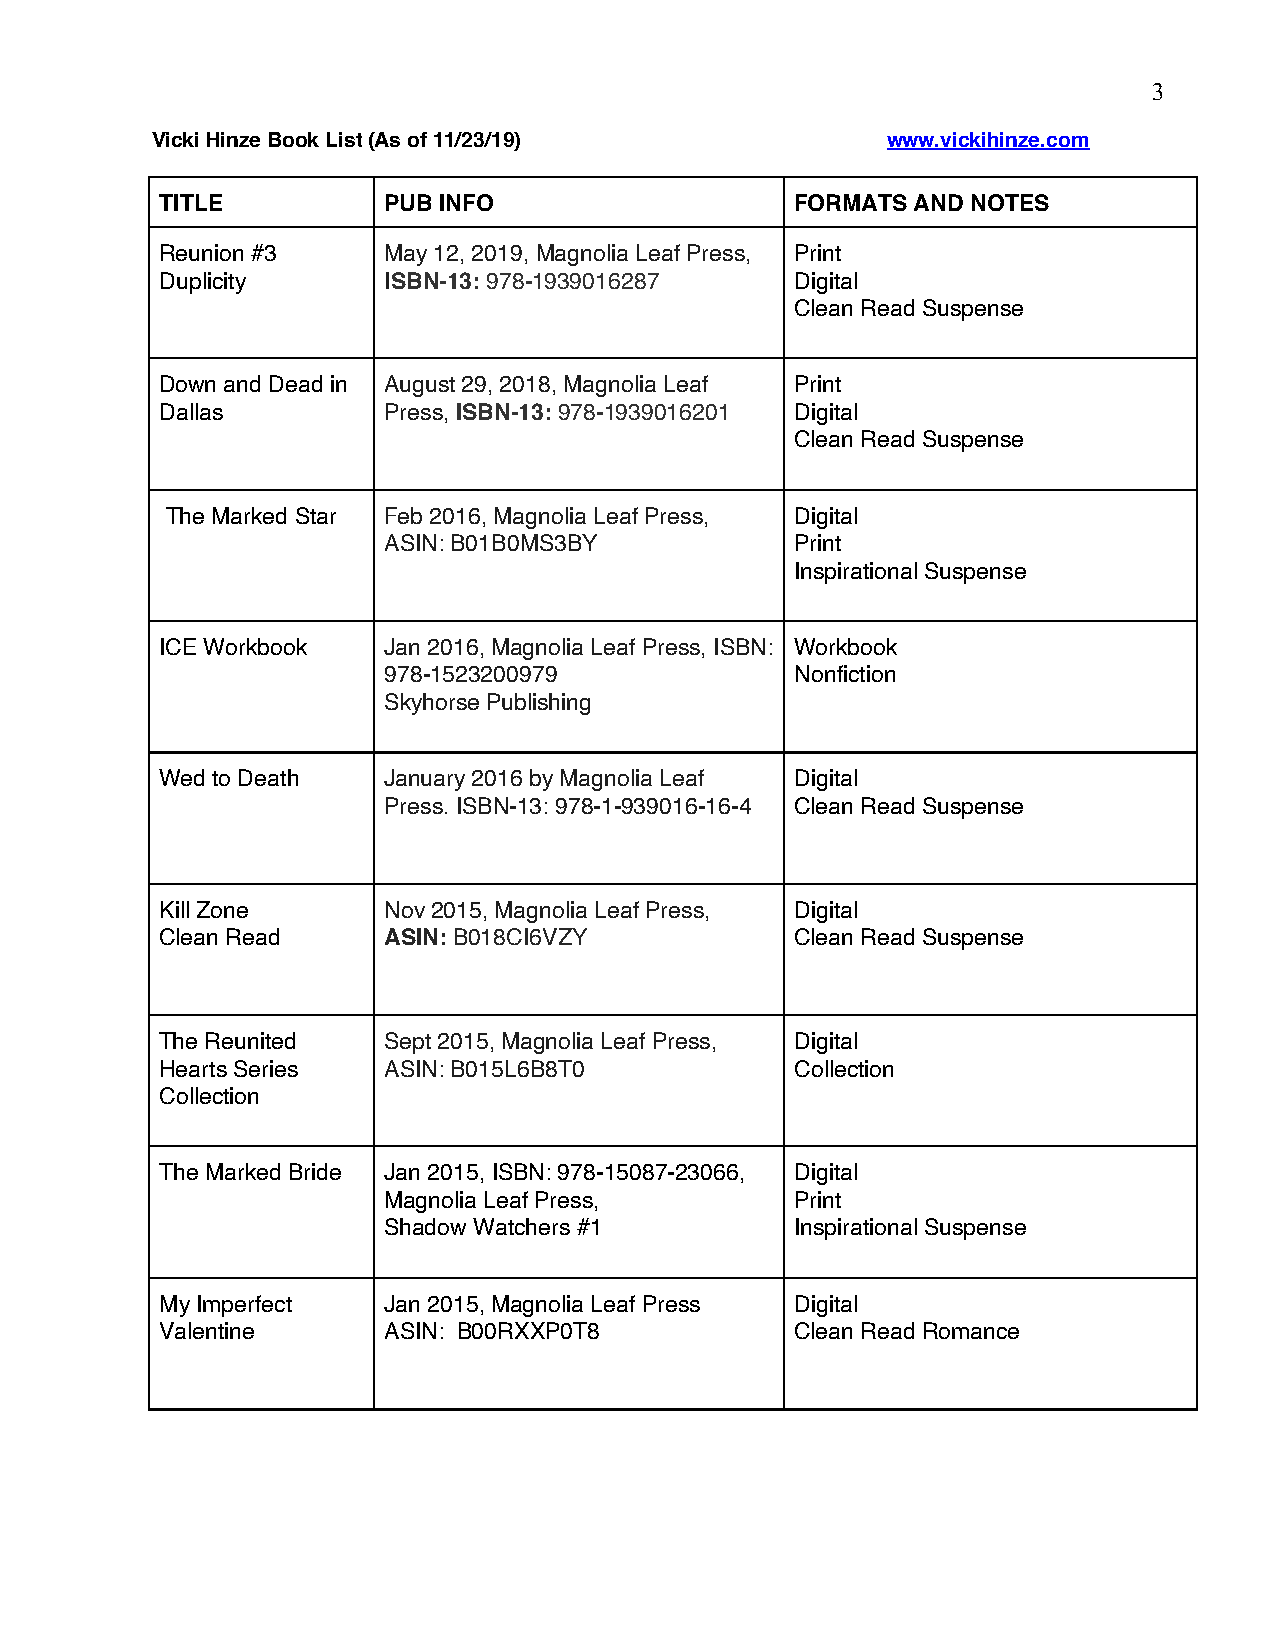
3
 Vicki Hinze Book List (As of 11/23/19)           www.vickihinze.com
 TITLE         PUB INFO                    FORMATS AND NOTES
 Reunion #3    May 12, 2019, Magnolia Leaf Press, Print
 Duplicity     ISBN-13: 978-1939016287     Digital
 Clean Read Suspense
 Down and Dead in• August 29, 2018, Magnolia Leaf Print
 Dallas        Press, ISBN-13: 978-1939016201 Digital
 Clean Read Suspense
 The Marked Star Feb 2016, Magnolia Leaf Press, Digital
 ASIN: B01B0MS3BY            Print
 Inspirational Suspense
 ICE Workbook  Jan 2016, Magnolia Leaf Press, ISBN: Workbook
 978-1523200979              Nonfiction
 Skyhorse Publishing
 Wed to Death  January 2016 by Magnolia Leaf Digital
 Press. ISBN-13: 978-1-939016-16-4 Clean Read Suspense
 Kill Zone     Nov 2015, Magnolia Leaf Press, Digital
 Clean Read    ASIN: B018CI6VZY            Clean Read Suspense
 The Reunited  Sept 2015, Magnolia Leaf Press, Digital
 Hearts Series ASIN: B015L6B8T0            Collection
 Collection
 The Marked Bride Jan 2015, ISBN: 978-15087-23066, Digital
 Magnolia Leaf Press,        Print
 Shadow Watchers #1          Inspirational Suspense
 My Imperfect  Jan 2015, Magnolia Leaf Press Digital
 Valentine     ASIN: B00RXXP0T8            Clean Read Romance